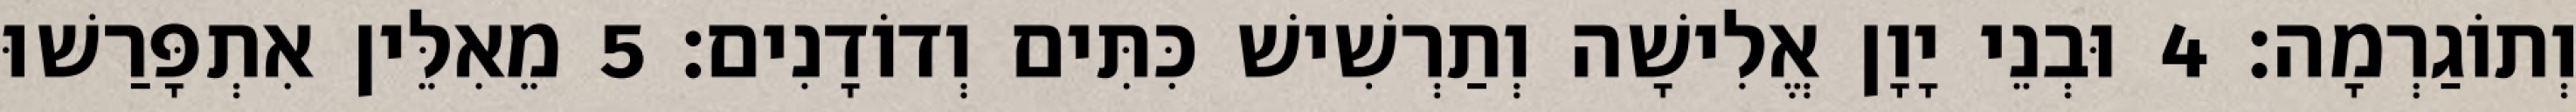
וְתוֹגַרְמָה׃ 4 וּבְנֵי יָוָן אֱלִישָׁה וְתַרְשִׁישׁ כִּתִּים וְדוֹדָנִים׃ 5 מֵאִלֵּין אִתְפָּרַשׁוּ